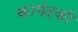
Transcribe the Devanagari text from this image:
कामंदकी